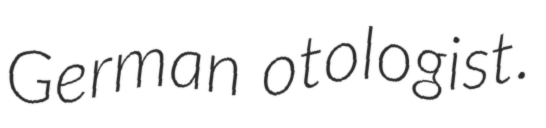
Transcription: German otologist.